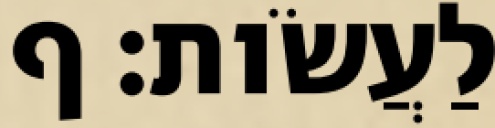
לַעֲשֹׂות׃ ף